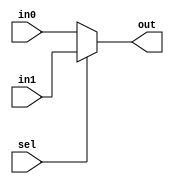
module mux2to1 (
    input wire [31:0] in0,     // Input 0
    input wire [31:0] in1,     // Input 1
    input wire sel,            // Selector signal
    output wire [31:0] out     // Output
);

    // Output is in1 if sel is 1, else in0
    assign out = sel ? in1 : in0;

endmodule